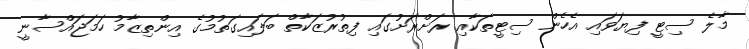
މާލެ ސިޓީ ފިޔަވައި އެހެން ސިޓީތަކާއި ރަށްރަށުގައި ފިތުރުޒަކާތް ބަލައިގަތުމުގެ އިންތިޒާމު ހަމަޖައްސާނީ